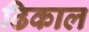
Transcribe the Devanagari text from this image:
ढिकाल